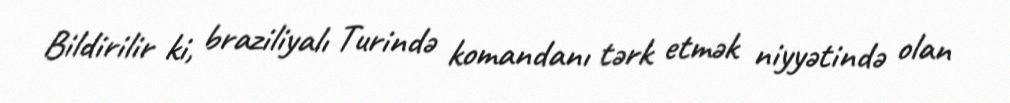
Bildirilir ki, braziliyalı Turində komandanı tərk etmək niyyətində olan